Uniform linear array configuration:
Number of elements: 12
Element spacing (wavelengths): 1
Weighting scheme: uniform
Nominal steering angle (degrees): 45
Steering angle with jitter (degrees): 45.963
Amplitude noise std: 0.05
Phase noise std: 0.05

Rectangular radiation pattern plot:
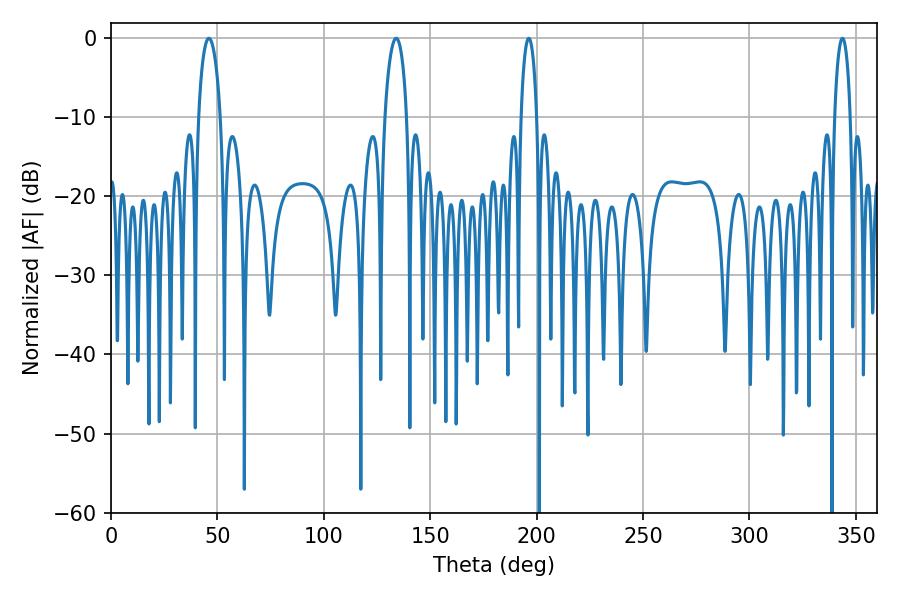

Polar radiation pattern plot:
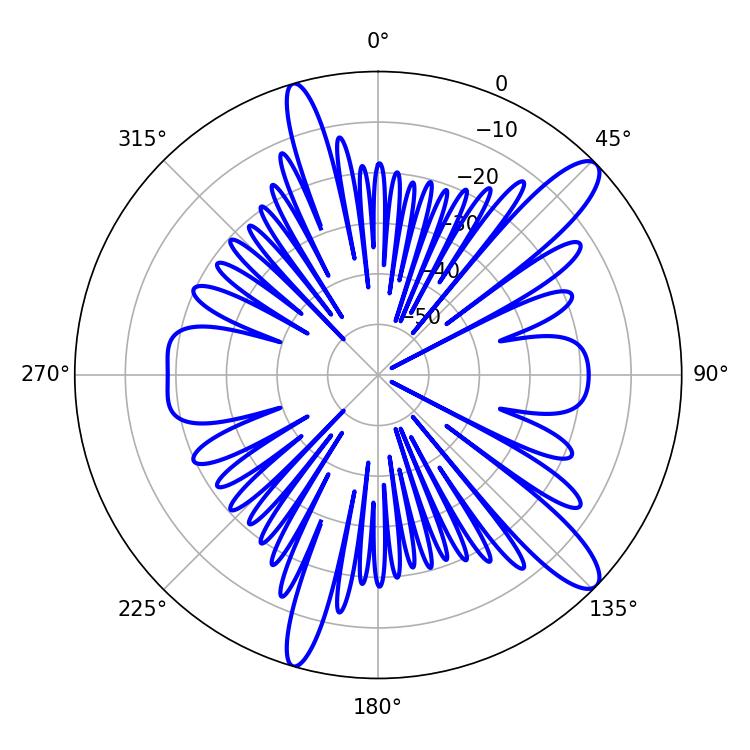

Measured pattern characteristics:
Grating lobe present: TRUE
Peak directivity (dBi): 12.337
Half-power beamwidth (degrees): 5.76
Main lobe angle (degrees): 46.08